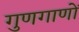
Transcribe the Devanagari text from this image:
गुणगाणों